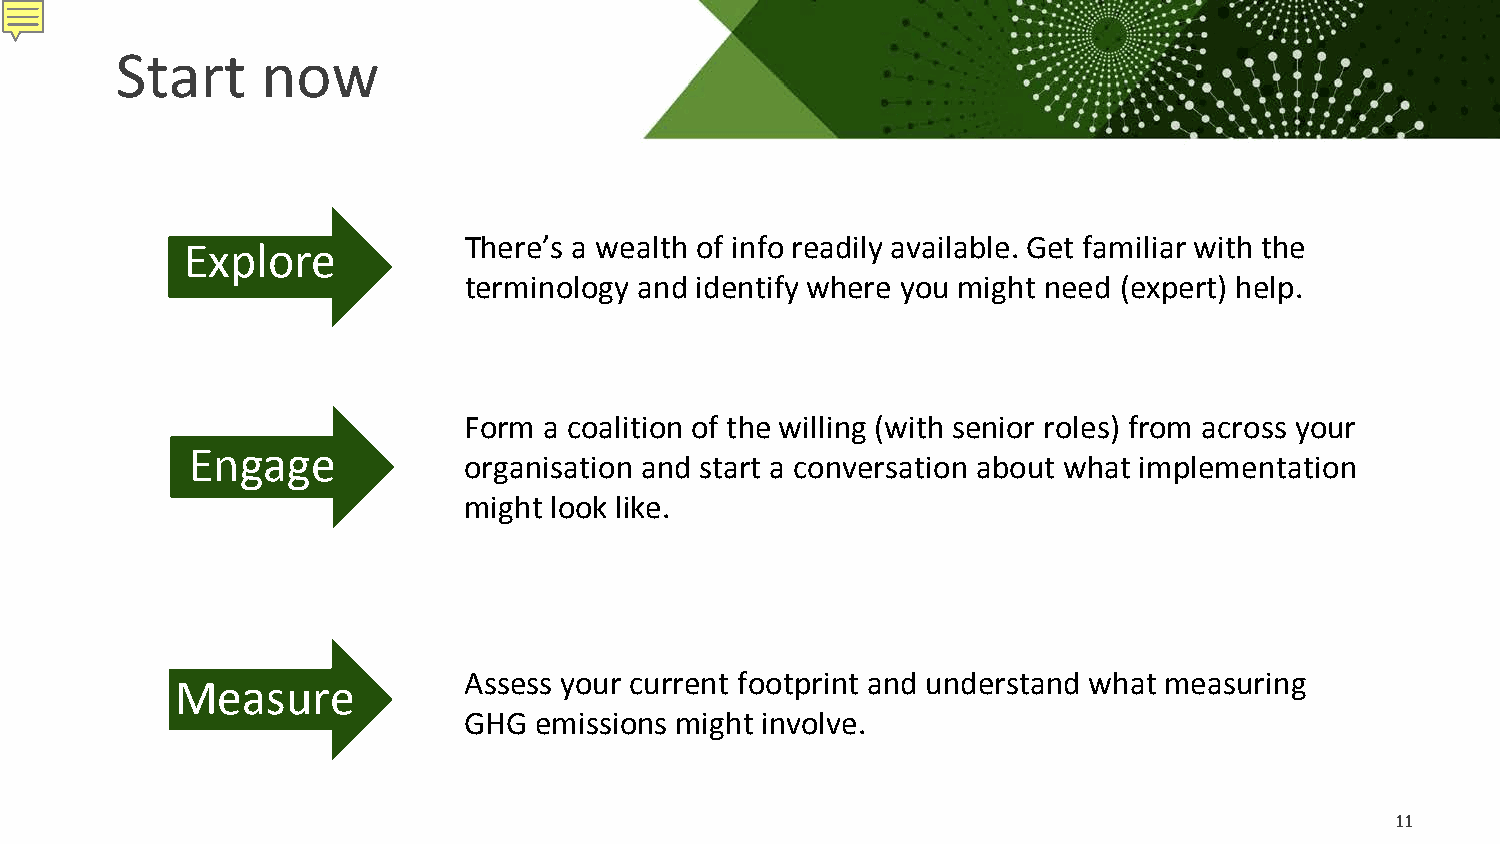
Start    now
 There’s a wealth of info readily available. Get familiar with the
 Explore
 terminology and identify where you might need (expert) help.
 Form a coalition of the willing (with senior roles) from across your
 Engage
 organisation and start a conversation about what implementation
 might look like.
 Assess your current footprint and understand what measuring
 Measure
 GHG emissions might involve.
 11